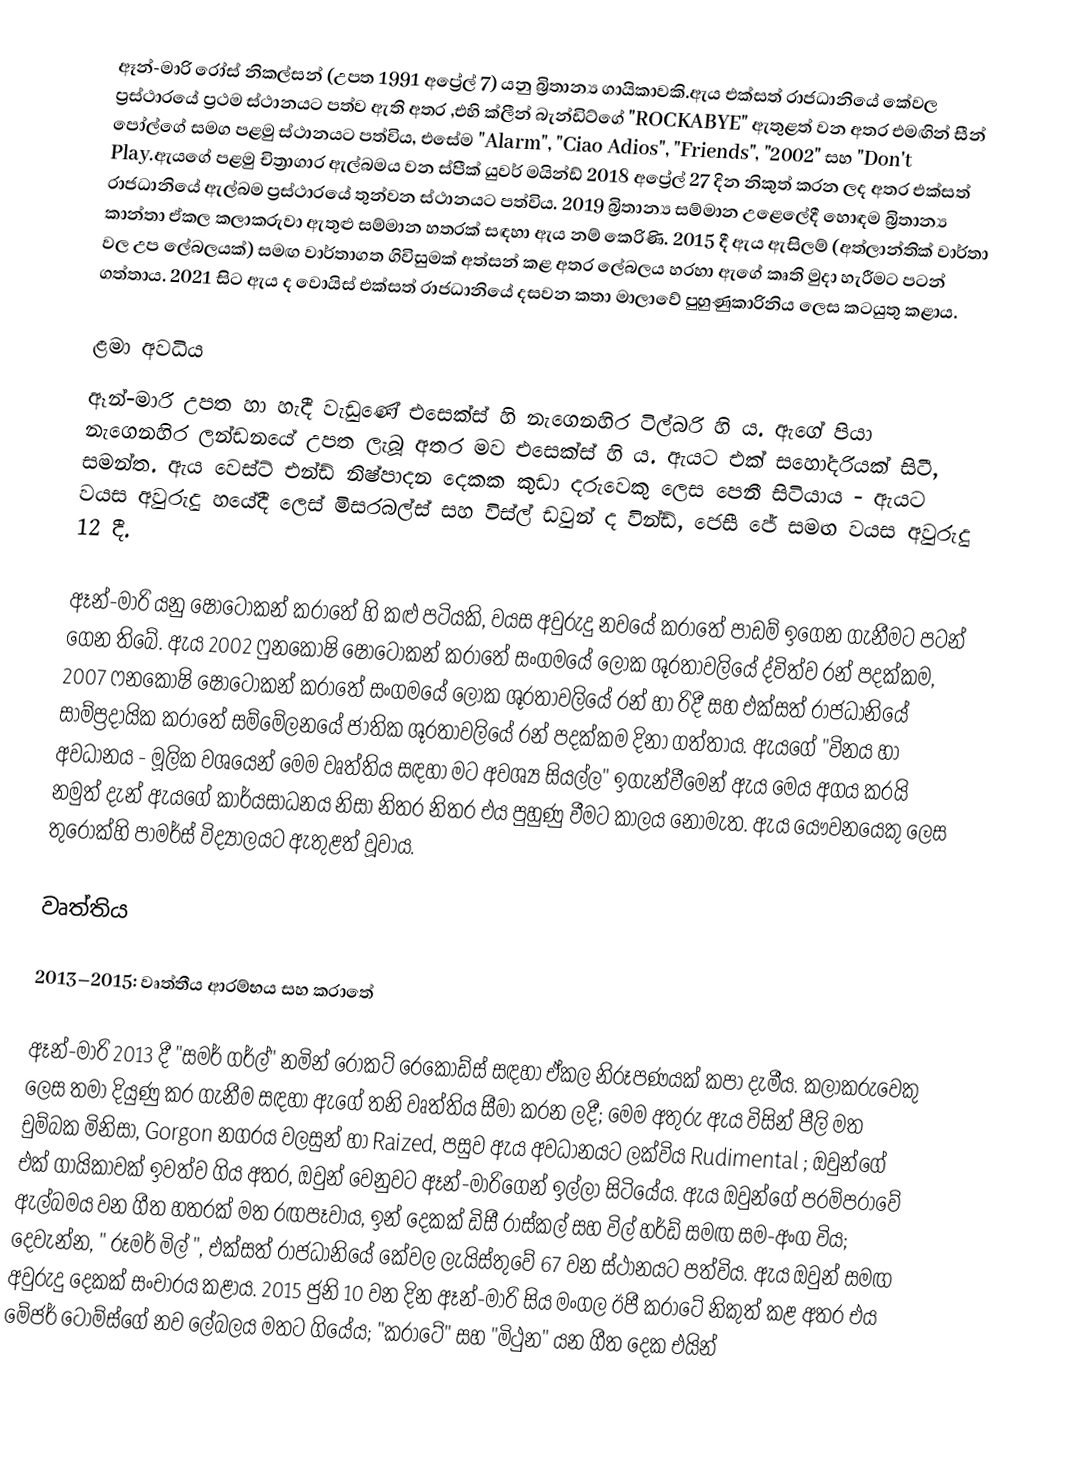
ඈන්-මාරි රෝස් නිකල්සන් (උපත 1991 අප්‍රේල් 7) යනු බ්‍රිතාන්‍ය ගායිකාවකි.ඇය එක්සත් රාජධානියේ කේවල ප්‍රස්ථාරයේ ප්‍රථම ස්ථානයට පත්ව ඇති අතර ,එහි ක්ලීන් බැන්ඩිට්ගේ "ROCKABYE" ඇතුළත් වන අතර එමඟින් සීන් පෝල්ගේ සමග පළමු ස්ථානයට පත්විය, එසේම "Alarm", "Ciao Adios", "Friends", "2002" සහ "Don't Play.ඇයගේ පළමු චිත්‍රාගාර ඇල්බමය වන ස්පීක් යුවර් මයින්ඩ් 2018 අප්‍රේල් 27 දින නිකුත් කරන ලද අතර එක්සත් රාජධානියේ ඇල්බම ප්‍රස්ථාරයේ තුන්වන ස්ථානයට පත්විය. 2019 බ්‍රිතාන්‍ය සම්මාන උළෙලේදී හොඳම බ්‍රිතාන්‍ය කාන්තා ඒකල කලාකරුවා ඇතුළු සම්මාන හතරක් සඳහා ඇය නම් කෙරිණි.  2015 දී ඇය ඇසිලම් (අත්ලාන්තික් වාර්තා වල උප ලේබලයක්) සමඟ වාර්තාගත ගිවිසුමක් අත්සන් කළ අතර ලේබලය හරහා ඇගේ කෘති මුදා හැරීමට පටන් ගත්තාය.  2021 සිට ඇය ද වොයිස් එක්සත් රාජධානියේ දසවන කතා මාලාවේ පුහුණුකාරිනිය ලෙස කටයුතු කළාය.

ළමා අවධිය
ඈන්-මාරි උපත හා හැදී වැඩුණේ එසෙක්ස් හි නැගෙනහිර ටිල්බරි හි ය.  ඇගේ පියා නැගෙනහිර ලන්ඩනයේ උපත ලැබූ අතර මව එසෙක්ස් හි ය.  ඇයට එක් සහෝදරියක් සිටී, සමන්ත.  ඇය වෙස්ට් එන්ඩ් නිෂ්පාදන දෙකක කුඩා දරුවෙකු ලෙස පෙනී සිටියාය - ඇයට වයස අවුරුදු හයේදී ලෙස් මිසරබල්ස්  සහ විස්ල් ඩවුන් ද වින්ඩ්, ජෙසී ජේ සමඟ වයස අවුරුදු 12 දී.

ඈන්-මාරි යනු ෂොටෝකන් කරාතේ  හි කළු පටියකි, වයස අවුරුදු නවයේ කරාතේ පාඩම් ඉගෙන ගැනීමට පටන් ගෙන තිබේ.  ඇය 2002 ෆුනකොෂි ෂොටෝකන් කරාතේ සංගමයේ ලෝක ශූරතාවලියේ ද්විත්ව රන් පදක්කම, 2007 ෆනකොෂි ෂොටෝකන් කරාතේ සංගමයේ ලෝක ශූරතාවලියේ රන් හා රිදී සහ එක්සත් රාජධානියේ සාම්ප්‍රදායික කරාතේ සම්මේලනයේ ජාතික ශූරතාවලියේ රන් පදක්කම දිනා ගත්තාය.   ඇයගේ "විනය හා අවධානය - මූලික වශයෙන් මෙම වෘත්තිය සඳහා මට අවශ්‍ය සියල්ල" ඉගැන්වීමෙන් ඇය මෙය අගය කරයි  නමුත් දැන් ඇයගේ කාර්යසාධනය නිසා නිතර නිතර එය පුහුණු වීමට කාලය නොමැත.  ඇය යෞවනයෙකු ලෙස තුරොක්හි පාමර්ස් විද්‍යාලයට ඇතුළත් වූවාය.

වෘත්තිය

2013–2015: වෘත්තීය ආරම්භය සහ කරාතේ

ඈන්-මාරි 2013 දී "සමර් ගර්ල්" නමින් රොකට් රෙකෝඩ්ස් සඳහා ඒකල නිරූපණයක් කපා දැමීය.  කලාකරුවෙකු ලෙස තමා දියුණු කර ගැනීම සඳහා ඇගේ තනි වෘත්තිය සීමා කරන ලදී;  මෙම අතුරු ඇය විසින් පීලි මත  චුම්බක මිනිසා, Gorgon නගරය වලසුන් හා Raized, පසුව ඇය අවධානයට ලක්විය Rudimental ;  ඔවුන්ගේ එක් ගායිකාවක් ඉවත්ව ගිය අතර, ඔවුන් වෙනුවට ඈන්-මාරිගෙන් ඉල්ලා සිටියේය.  ඇය ඔවුන්ගේ පරම්පරාවේ ඇල්බමය වන ගීත හතරක් මත රඟපෑවාය,  ඉන් දෙකක් ඩිසී රාස්කල් සහ විල් හර්ඩ් සමඟ සම-අංග විය;  දෙවැන්න, " රූමර් මිල් ",  එක්සත් රාජධානියේ කේවල ලැයිස්තුවේ 67 වන ස්ථානයට පත්විය.  ඇය ඔවුන් සමඟ අවුරුදු දෙකක් සංචාරය කළාය.  2015 ජුනි 10 වන දින ඈන්-මාරි සිය මංගල ඊපී කරාටේ නිකුත් කළ අතර එය මේජර් ටොම්ස්ගේ නව ලේබලය මතට ගියේය; "කරාටේ" සහ "මිථුන" යන ගීත දෙක එයින්